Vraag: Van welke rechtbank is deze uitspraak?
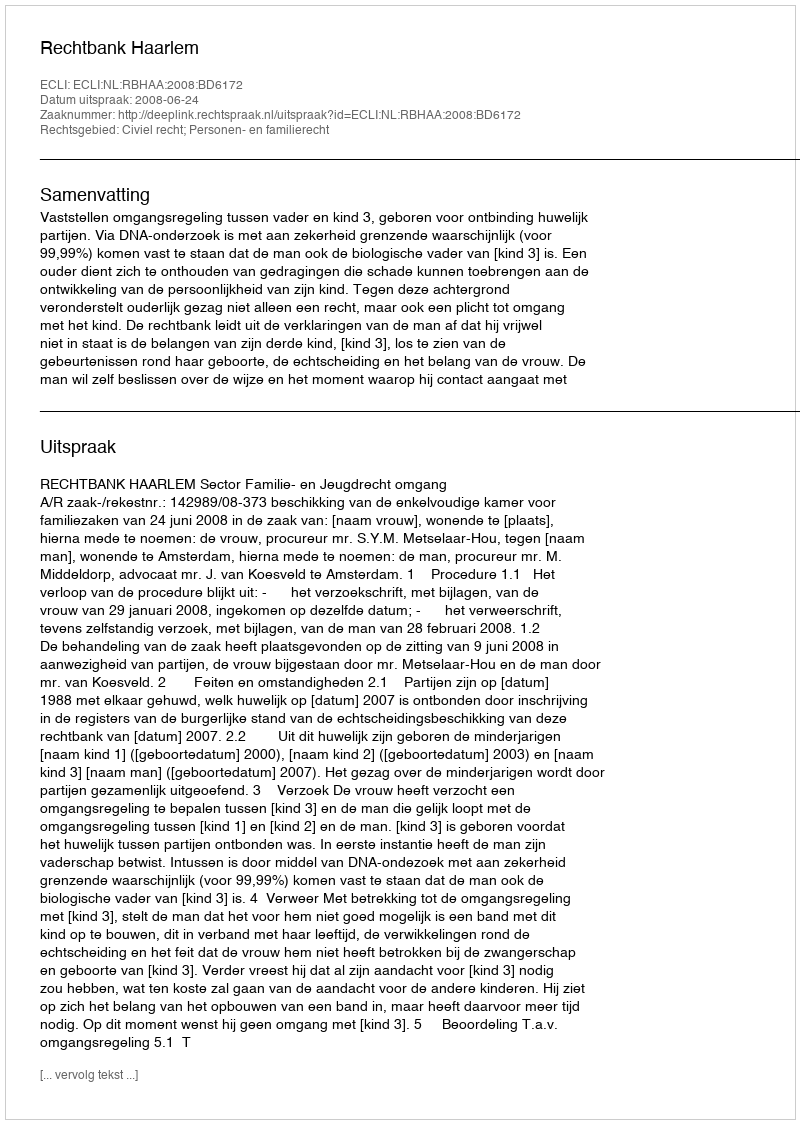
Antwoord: Rechtbank Haarlem